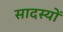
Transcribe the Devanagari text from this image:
सादस्यों